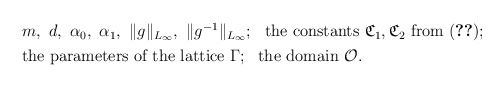
\begin{align*}\begin{aligned}&m,\ d,\ \alpha _0,\ \alpha _1,\ \Vert g\Vert _{L_\infty},\ \Vert g^{-1}\Vert _{L_\infty};\ \ \textnormal{the constants}\ \mathfrak{C}_1, \mathfrak{C}_2 \ \textnormal{from} \ \eqref{Garding};\\&\textnormal{the parameters of the lattice}\ \Gamma; \ \ \textnormal{the domain} \ \mathcal{O}.\end{aligned}\end{align*}